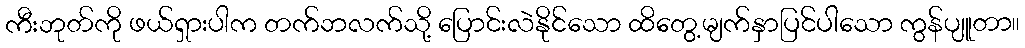
ကီးဘုတ်ကို ဖယ်ရှားပါက တက်ဘလက်သို့ ပြောင်းလဲနိုင်သော ထိတွေ့မျက်နှာပြင်ပါသော ကွန်ပျူတာ။